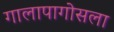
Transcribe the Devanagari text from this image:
गालापागोसला